Burma Government Medical School reports 1923-41
Year: 1923
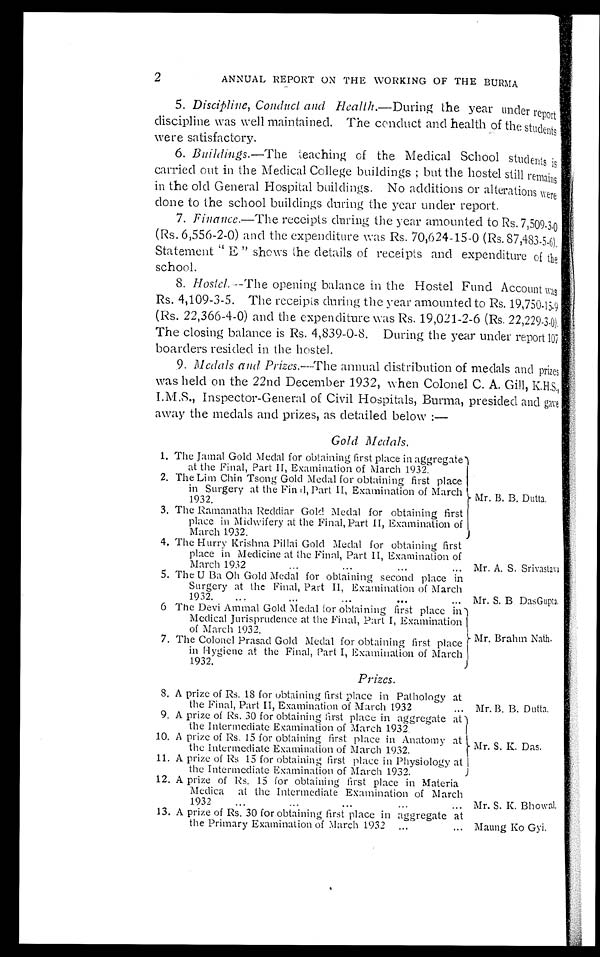
2
ANNUAL REPORT ON THE WORKING OF THE BURMA
5. Discipline, Conduct and Health. —During the year under report
discipline was well maintained. The conduct and health of the student
s w e r e s a t i s f a c t o r y .
6. Buildings.—The teaching of the Medical School students is
carried out in the Medical College buildings ; but the hostel still remains
in the old General Hospital buildings. No additions or alterations were
done to the school buildings during the year under report.
7. Finance.—The receipts during the year amounted to Rs.7,509.3.0
(Rs. 6,556-2-0) and the expenditure was Rs. 70,624-15-0 (Rs.87,483-5-6).
Statement " E " shows the details of receipts and expenditure of the
school.
8. Hostel. --The opening balance in the Hostel Fund Account was
Rs. 4,109-3-5. The receipts during the year amounted to Rs. 19,750-15.9
(Rs. 22,366-4-0) and the expenditure was Rs. 19,021-2-6 (Rs. 22,229.3.
0 ) . T h e c l o s i n g b a l a n c e i s R s . 4 , 8 3 9 - 0 - 8 . D u r i n g t h e y e a r u n d e r r e p o r t 1 0 7
boarders resided in the hostel.
9. Medals and Prizes .---The annual distribution of medals and prizes
was held on the 22nd December 1932, when Colonel C. A . Gill, K.H.S.,
I.M.S., Inspector-General of Civil Hospitals, Burma, presided and gave
away the medals and prizes, as detailed below :—
Gold Medals,
1. The Jamal Gold Medal for obtaining first place in aggregate
at the Final, Part II, Examination of March 1932.
Mr. B. B. Dutta.
2. The Lim Chin Tsong Gold Medal for obtaining first place
in Surgery at the Final, Part. II, Examination of March1932.
3. The Ramanatha Reddiar Gold Medal for obtaining first
place in Midwifery at the Final, Part II, Examination of
March 1932.
4. The Hurry Krishna Pillai Gold Medal for obtaining first
place in Medicine at the Final, Part II, Examination of
...
March 1932
...
...
... Mr. A. S. Srivasta
va Mr. S. B DasGupta,
5. The U Ba Oh Gold Medal for obtaining second place
in
Surgery at the Final, Part
II
, Examination of March
...
1932.
...
...
...
...
6 The Devi Ammal Gold Medal for obtaining first place in
Medical Jurisprudence at the Final, Part I, Examination
of March 1932.
Mr. Brahm Nath.
7. The Colonel Prasad Gold Medal for obtaining first place
in Hygiene at the Final, Part I, Examination of March
1932.
Prizes.
8. A prize of Rs. 18 for obtaining first place in Pathology at
the Final, Part II, Examination of March 1932
... Mr. B. B. Dutta.
9. A prize of Rs. 30 for obtaining first place in aggregate at
the Intermediate Examination of March 1932.
Mr. S. K. Das.
10. A prize of Rs. 15 for obtaining first place in Anatomy at
the Intermediate Examination of March 1932.
11. A prize of Rs 15 for obtaining first place in Physiology at
the Intermediate Examination of March 1932.
12. A prize of Rs. 15 for obtaining first place in Materia
Medica
at the Intermediate Examination of March
1932
...
...
...
...
... Mr. S. K. Bhowal.
13. A prize of Rs. 30 for obtaining first place in aggregate at
the Primary Examination of March 1932
...
... Maung Ko Gyi.